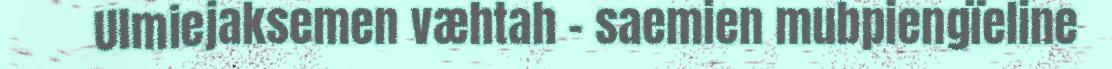
Ulmiejaksemen væhtah - saemien mubpiengïeline